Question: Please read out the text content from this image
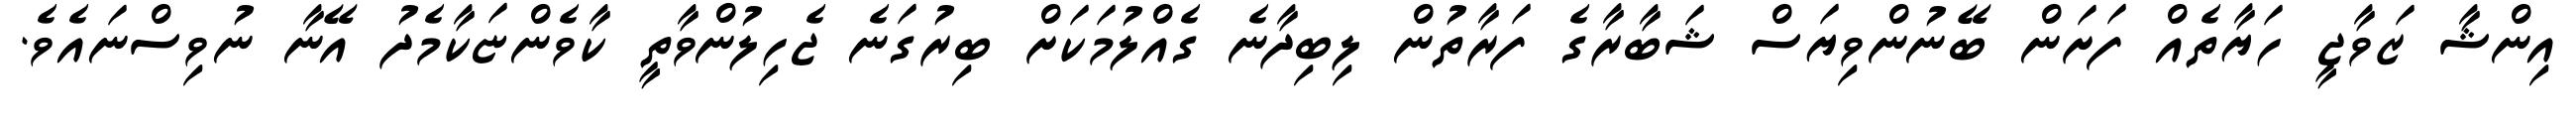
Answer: އިންޝާ ޒަވާޖީ ހަޔާތެއް ފަށަން ބޭނުންވިޔަސް ޝަބާރާގެ ފަރާތުން ލިބިދާނެ ގެއްލުމަކަށް ބިރުގަނެ ޖެހިލުންވާތީ ކާވެންޏަކާމެދު އޭނާ ނުވިސްނައެވެ.